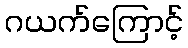
ဂယက်ကြောင့်